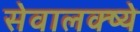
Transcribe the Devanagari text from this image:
सेवालक्ष्ये